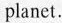
planet.